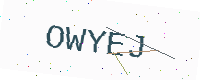
Text: OWYEJ